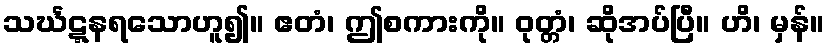
သင်္ဃဋ္ဋနရသောဟူ၍။ ဧတံ၊ ဤစကားကို။ ဝုတ္တံ၊ ဆိုအပ်ပြီ။ ဟိ၊ မှန်။